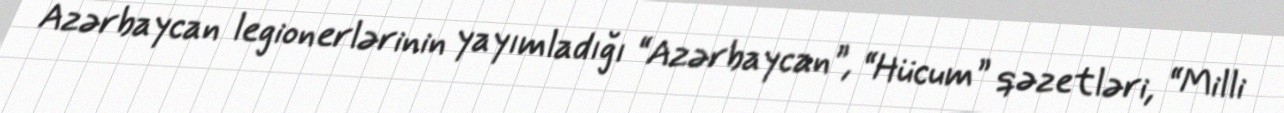
Azərbaycan legionerlərinin yayımladığı “Azərbaycan”, “Hücum” qəzetləri, “Milli